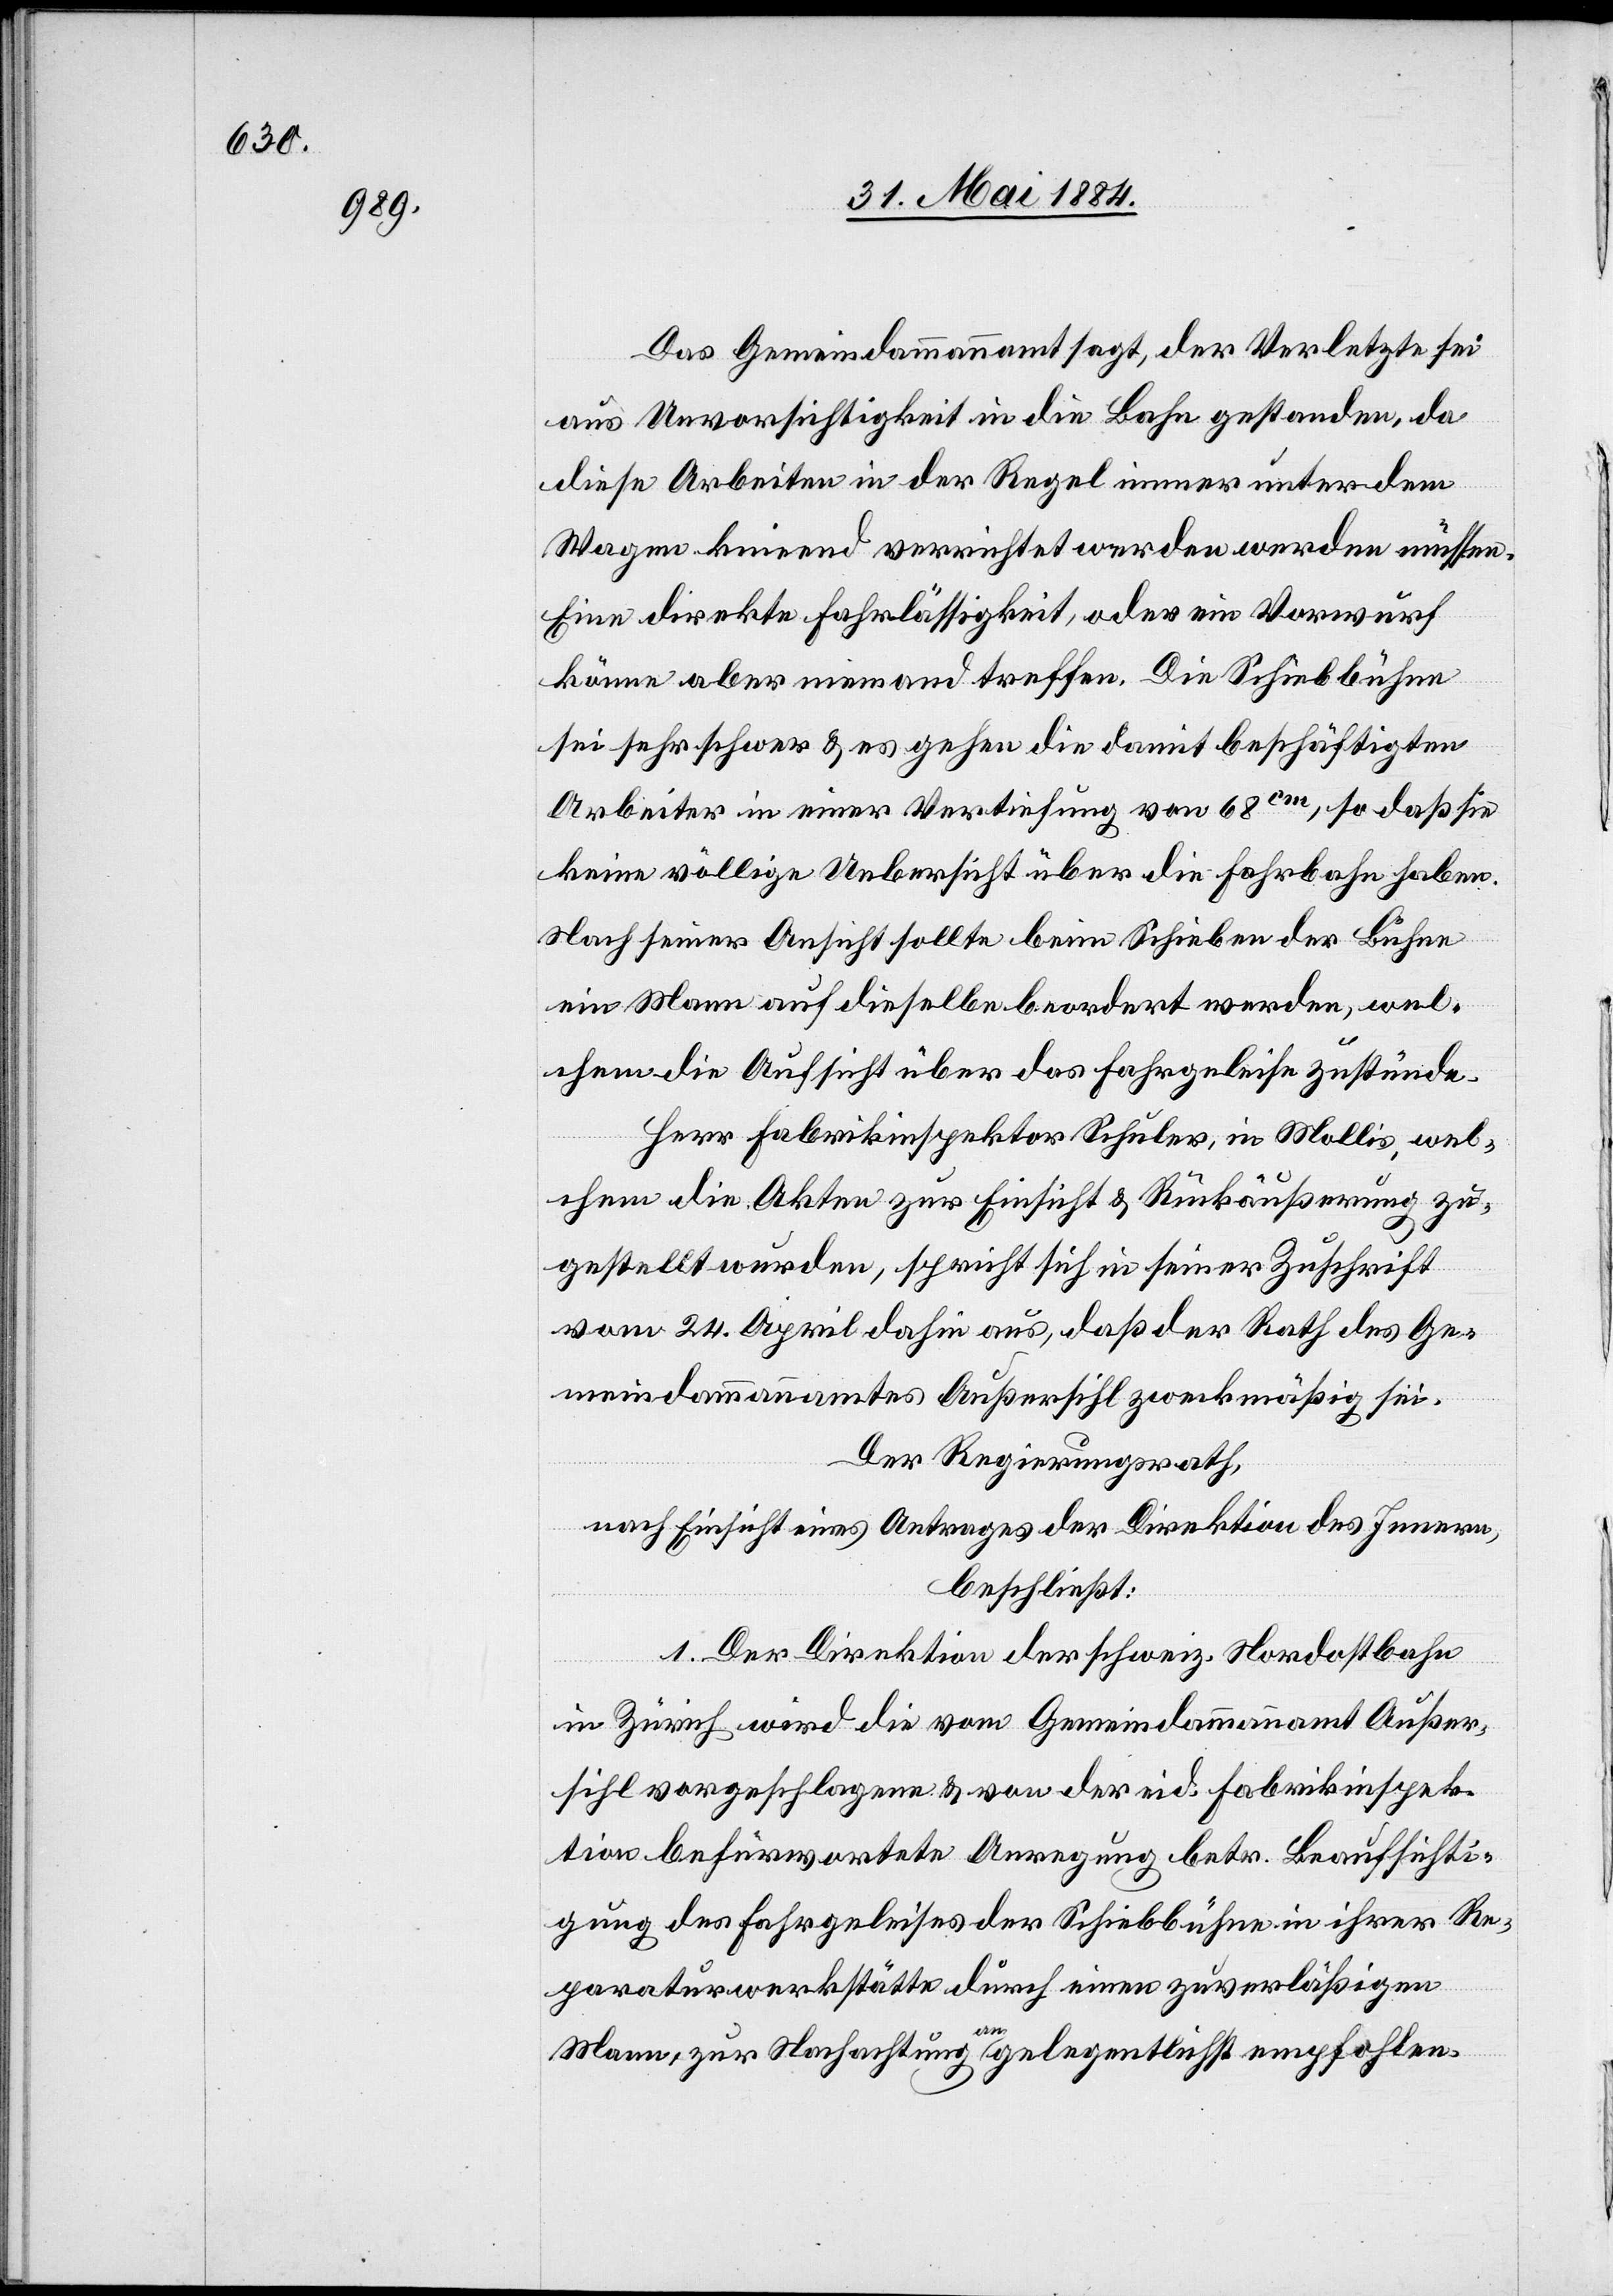
Das Gemeindeammannamt sagt, der Verletzte sei
aus Unvorsichtigkeit in die Bahn gestanden, da
diese Arbeiten in der Regel immer unter dem
Wagen knieend verrichtet werden werden [sic!]
Eine direkte Fahrlässigkeit, oder ein Vorwurf
könne aber niemand treffen. Die Schiebbühne
sei sehr schwer & es gehen die damit beschäftigen
Arbeiter in einer Vertiefung von 68cm, so daß sie
keine völlige Uebersicht über die Fahrbahn haben.
Nach seiner Ansicht sollte beim Schieben der Bühne
ein Mann auf dieselbe beordert werden, wel¬
chem die Aufsicht über das Fahrgeleise zustünde.
Herr Fabrikinspektor Schuler, in Mollis, wel¬
chem die Akten zur Einsicht & Rückäußerung zu
gestellt wurden, spricht sich in seiner Zuschrift
vom 24. April dahin aus, daß der Rath des Ge¬
meindammannamtes Außersihl zweckmäßig sei.
Der Regierungsrath,
nach Einsicht eines Antrages der Direktion des Innern,
beschließt:
1. Der Direktion der schweiz. Nordostbahn
in Zürich wird die vom Gemeindammannamt Außer¬
sihl vorgeschlagene & von der eid. Fabrikinspek¬
tion befürwortete Anregung betr. Beaufsichti¬
gung des Fahrgeleises der Schiebbühne in ihrer Re¬
paraturwerkstätte durch einen zuverläßigen
Mann, zur Nachachtung angelegentlichst empfohlen.